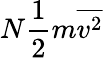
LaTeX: N{\frac{1}{2}}m{\overline{{v^{2}}}}